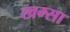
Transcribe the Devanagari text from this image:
खम्सा